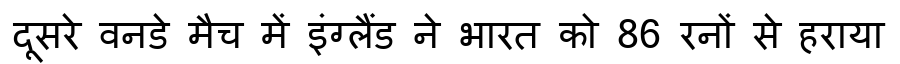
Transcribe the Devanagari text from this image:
दूसरे वनडे मैच में इंग्लैंड ने भारत को 86 रनों से हराया